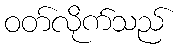
ဝတ်လိုက်သည်